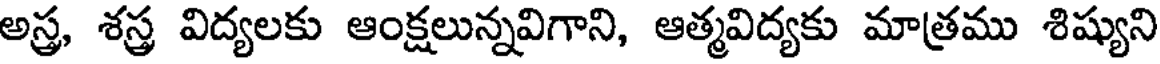
అస్త్ర, శస్త్ర విద్యలకు ఆంక్షలున్నవిగాని, ఆత్మవిద్యకు మాత్రము శిష్యుని